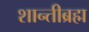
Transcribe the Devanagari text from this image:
शान्तीब्रह्म